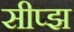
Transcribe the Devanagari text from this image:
सीप्झ